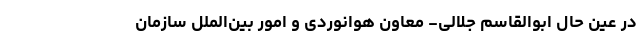
در عین حال ابوالقاسم جلالی- معاون هوانوردی و امور بین‌الملل سازمان